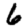
Digit: 6